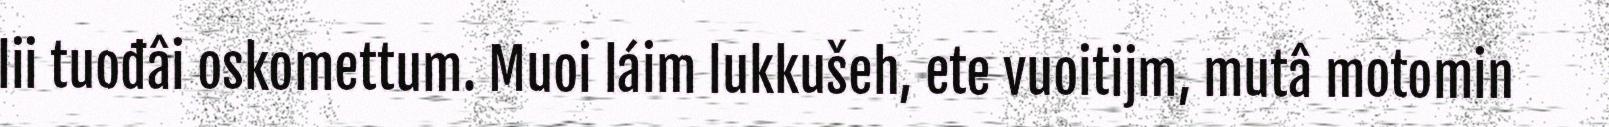
lii tuođâi oskomettum. Muoi láim lukkušeh, ete vuoitijm, mutâ motomin